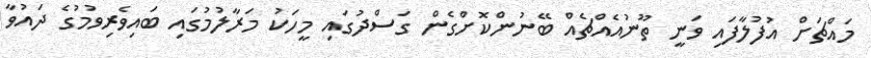
މައްޗަށް އުފުލާފައި ވަނީ ތޫނުއެއްޗެއް ބޭނުންކޮށްގެން ގަސްދުގައި މީހަކު މަރާލުމުގައި ބައިވެރިވުމުގެ ދައުވާ